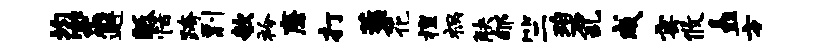
均密邂胝恬跨剽欹衿廉打蓑花擅祸觖郇竺碧乱成雩攸矗方